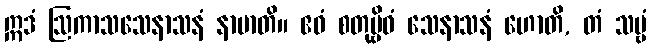
ဣဒံ ဩကာသသေနာသနံ နာမာတိ။ ဧဝံ စတုဗ္ဗိဓံ သေနာသနံ ဟောတိ, တံ သဗ္ဗံ